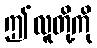
ဤလူတို့ကို